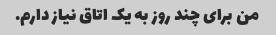
من برای چند روز به یک اتاق نیاز دارم.